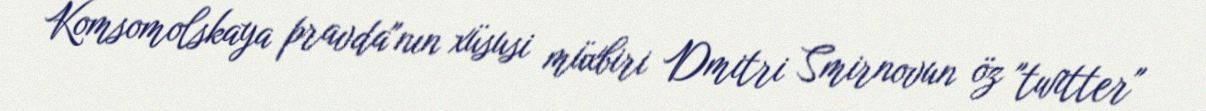
Komsomolskaya pravda"nın xüsusi müxbiri Dmitri Smirnovun öz "twitter"